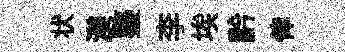
状渼鏊李埃黔倖